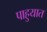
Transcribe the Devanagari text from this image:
पाहुयात